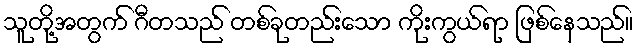
သူတို့အတွက် ဂီတသည် တစ်ခုတည်းသော ကိုးကွယ်ရာ ဖြစ်နေသည်။